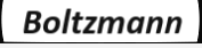
Boltzmann